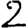
Digit: 2